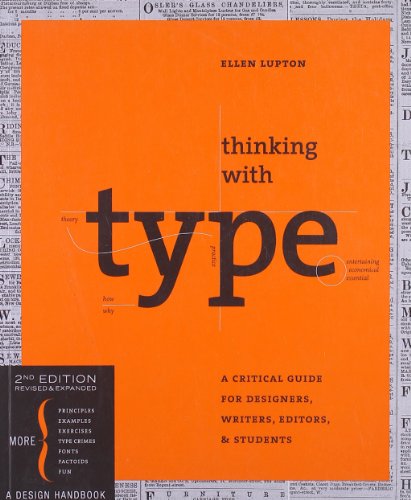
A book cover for Thinking with Type, 2nd revised and expanded edition: A Critical Guide for Designers, Writers, Editors, & Students; Ellen Lupton; Arts & Photography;